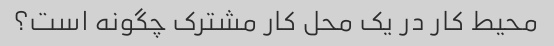
محیط کار در یک محل کار مشترک چگونه است؟